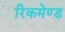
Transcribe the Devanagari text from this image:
रिकमेण्ड